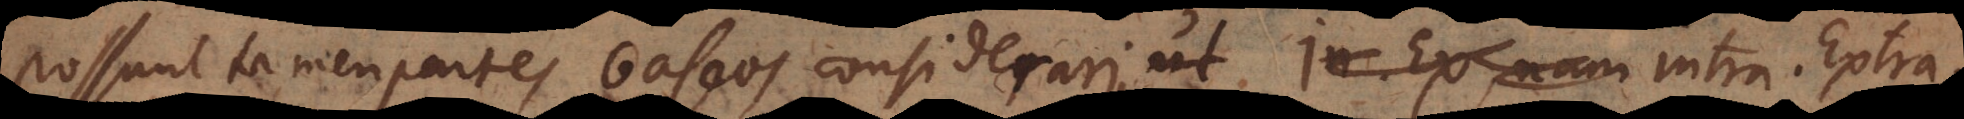
possunt tamen partes baseos considerari, ut Intra, Extra.